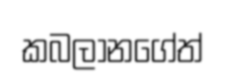
කබලානගේත්